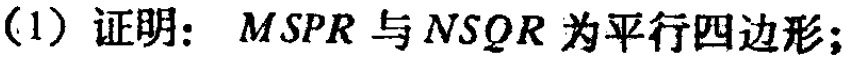
(1) 证明：\(MSPR\) 与 \(NSQR\) 为平行四边形；